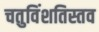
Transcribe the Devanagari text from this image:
चतुविंशतिस्तव